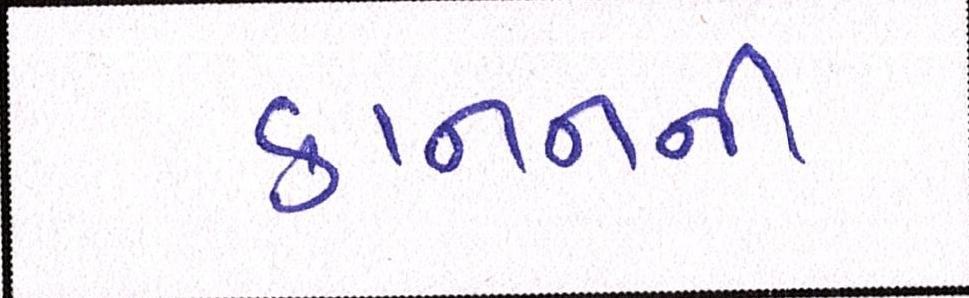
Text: કાનનની